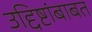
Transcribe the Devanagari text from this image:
उद्दिष्टांबाबत